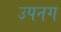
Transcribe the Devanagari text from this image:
उपनग